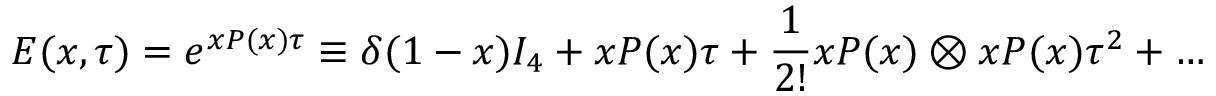
E ( x , \tau ) = e ^ { x P ( x ) \tau } \equiv \delta ( 1 - x ) I _ { 4 } + x P ( x ) \tau + \frac { 1 } { 2 ! } x P ( x ) \otimes x P ( x ) \tau ^ { 2 } + \dots